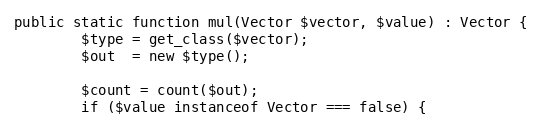
Language: PHP
public static function mul(Vector $vector, $value) : Vector {
        $type = get_class($vector);
        $out  = new $type();

        $count = count($out);
        if ($value instanceof Vector === false) {